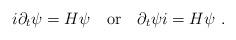
LaTeX: \begin{align*}i \partial_t \psi = H \psi ~~~\mbox{or}~~~ \partial_t \psi i = H \psi ~.\end{align*}